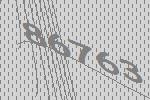
86763